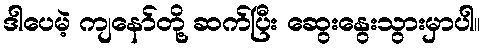
ဒါပေမဲ့ ကျနော်တို့ ဆက်ပြီး ဆွေးနွေးသွားမှာပါ။